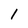
Character: 1